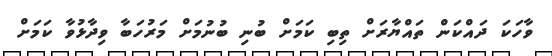
ވާހަކަ ދައްކަން ތައްޔާރަށް ތިބި ކަމަށް ބުނި ބުނުމަށް މަރުހަބާ ވިދާޅުވާ ކަމަށް